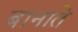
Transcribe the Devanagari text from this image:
बानाते